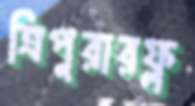
ত্রিপুরারফ্ল্